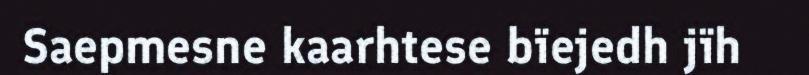
Saepmesne kaarhtese bïejedh jïh